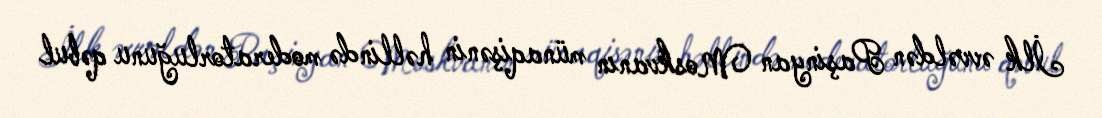
İlk əvvəldən Paşinyan Moskvanın münaqişənin həllində moderatorluğunu qəbul